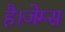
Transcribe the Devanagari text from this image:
है।जेम्स